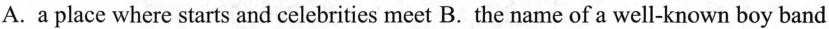
A.a place where starts and celebrities meet B. the name of a well-known boy band